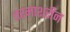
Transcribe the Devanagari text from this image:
तरमाशरीन